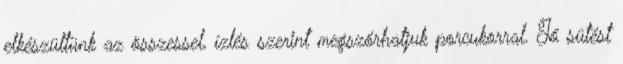
elkészültünk az összessel, ízlés szerint megszórhatjuk porcukorral. Jó sütést